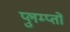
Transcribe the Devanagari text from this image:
प्लुम्प्तों